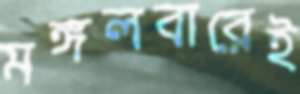
মঙ্গলবারেই